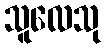
သူလေသု